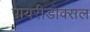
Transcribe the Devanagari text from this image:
पायरीडोक्सल